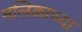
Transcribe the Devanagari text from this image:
मलिकाच्या